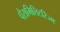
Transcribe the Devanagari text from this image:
पैरामिलिटरिज्म